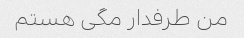
من طرفدار مگی هستم